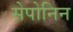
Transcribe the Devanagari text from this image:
सेपोनिन